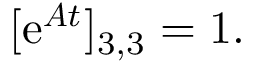
[ \mathrm { e } ^ { \boldsymbol { A } t } ] _ { 3 , 3 } = 1 .